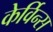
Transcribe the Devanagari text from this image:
केर्विन्स